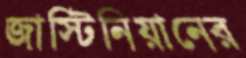
জাস্টিনিয়ানের